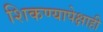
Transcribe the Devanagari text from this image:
शिकण्यापेक्षाही